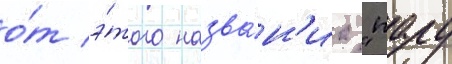
о́т э́того назва́н'иа "пару